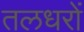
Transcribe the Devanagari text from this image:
तलधरों